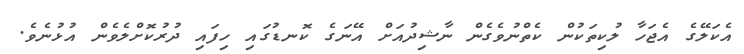
އެކަލޭގެ އެޖަހާ ލުކިތަކުން ކެތްނުވެގެން ނާޝިދުއަށް އޭނަގެ ކޮނޑުގައި ހިފައި ދުރުކޮށްލެވެން އުޅުނެވެ.